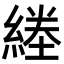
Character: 𦂙